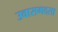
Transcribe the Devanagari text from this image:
उवासगदसा